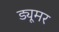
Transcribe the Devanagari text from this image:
ड्यूमर